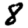
Digit: 8